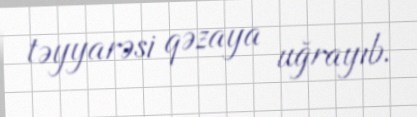
təyyarəsi qəzaya uğrayıb.